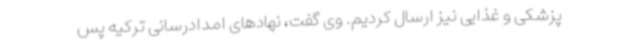
پزشکی و غذایی نیز ارسال کردیم. وی گفت، نهادهای امدادرسانی ترکیه پس